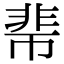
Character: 𩇱